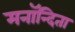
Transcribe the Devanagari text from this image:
मनॉन्दिता